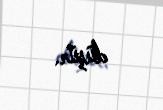
düşür.